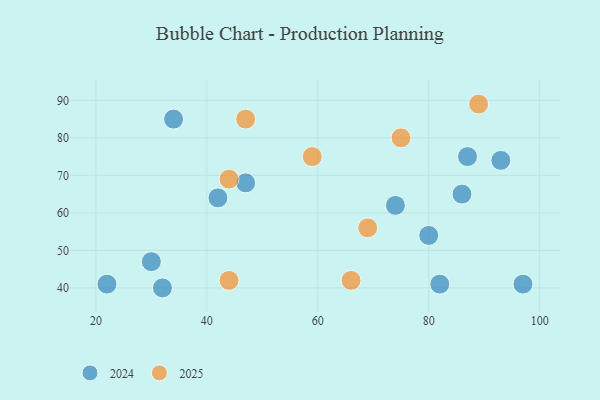
{"axis": {"x": "GDP", "y": "Life Expectancy"}, "legend": ["2024", "2025"], "data": [{"x": "66", "y": 42, "type": "2025"}, {"x": "75", "y": 80, "type": "2025"}, {"x": "44", "y": 42, "type": "2025"}, {"x": "89", "y": 89, "type": "2025"}, {"x": "69", "y": 56, "type": "2025"}, {"x": "47", "y": 85, "type": "2025"}, {"x": "59", "y": 75, "type": "2025"}, {"x": "44", "y": 69, "type": "2025"}, {"x": "42", "y": 64, "type": "2024"}, {"x": "74", "y": 62, "type": "2024"}, {"x": "80", "y": 54, "type": "2024"}, {"x": "32", "y": 40, "type": "2024"}, {"x": "34", "y": 85, "type": "2024"}, {"x": "22", "y": 41, "type": "2024"}, {"x": "87", "y": 75, "type": "2024"}, {"x": "97", "y": 41, "type": "2024"}, {"x": "47", "y": 68, "type": "2024"}, {"x": "93", "y": 74, "type": "2024"}, {"x": "30", "y": 47, "type": "2024"}, {"x": "86", "y": 65, "type": "2024"}, {"x": "82", "y": 41, "type": "2024"}]}